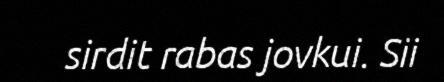
sirdit rabas jovkui. Sii